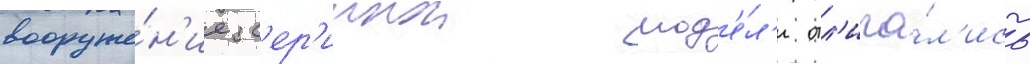
вооруже́н'ие с'ер'иинои мод'е́л'и отл'ича́л'ись